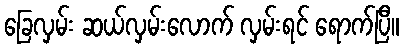
ခြေလှမ်း ဆယ်လှမ်းလောက် လှမ်းရင် ရောက်ပြီ။